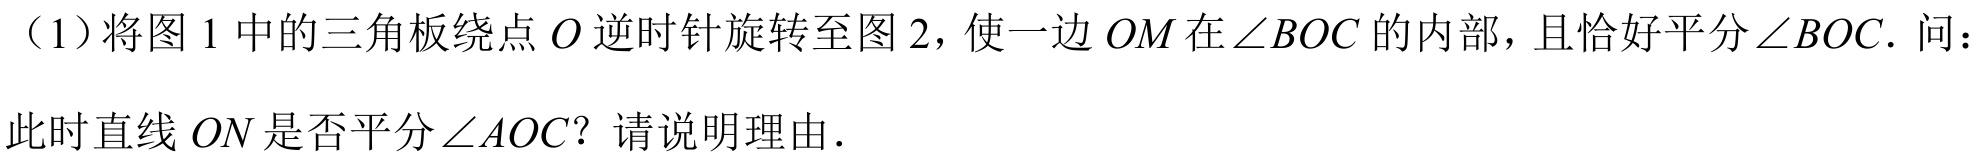
（1）将图1中的三角板绕点\(O\)逆时针旋转至图2，使一边\(OM\)在\(\angle BOC\)的内部，且恰好平分\(\angle BOC\). 问：

此时直线\(ON\)是否平分\(\angle AOC\)？请说明理由.